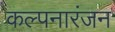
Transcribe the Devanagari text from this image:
कल्पनारंजन